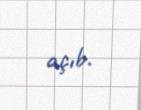
açıb.